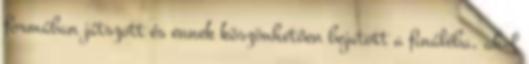
formában játszott és ennek köszönhetően bejutott a fináléba, ahol